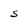
Character: s